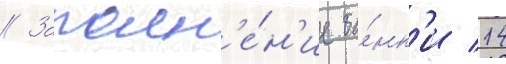
// Заполн'е́н'ие ба́нк'и 14